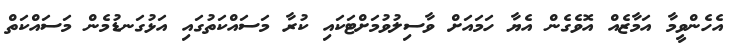
އެހެންވީމާ އަމާޒެއް އޮވެގެން އެޔާ ހަމައަށް ވާސިލުވުމަށްޓަކައި ކުރާ މަސައްކަތުގައި އަޅުގަނޑުމެން މަސައްކަތް